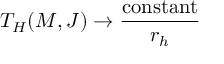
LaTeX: T _ { H } ( M , J ) \rightarrow \frac { \mathrm { c o n s t a n t } } { r _ { h } }